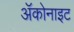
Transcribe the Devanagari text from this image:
ॲकोनाइट